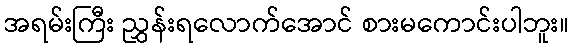
အရမ်းကြီး ညွှန်းရလောက်အောင် စားမကောင်းပါဘူး။